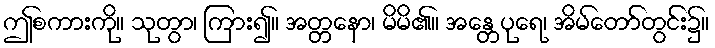
ဤစကားကို။ သုတွာ၊ ကြား၍။ အတ္တနော၊ မိမိ၏။ အန္တေပုရေ၊ အိမ်တော်တွင်း၌။